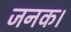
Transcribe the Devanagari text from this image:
जनक।